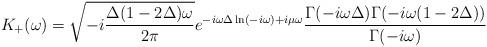
LaTeX: \begin{align*}K_{+}(\omega )=\sqrt{-i\frac{\Delta (1-2\Delta )\omega }{2\pi }}e^{-i\omega\Delta \ln (-i\omega )+i\mu \omega }\frac{\Gamma (-i\omega \Delta )\Gamma(-i\omega (1-2\Delta ))}{\Gamma (-i\omega )}\end{align*}